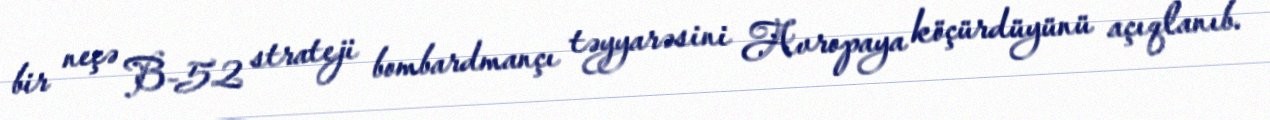
bir neçə B-52 strateji bombardmançı təyyarəsini Avropaya köçürdüyünü açıqlanıb.